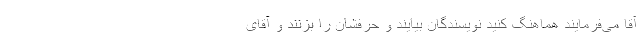
آقا می‌فرمایند هماهنگ کنید نویسندگان بیایند و حرفشان را بزنند و آقای